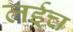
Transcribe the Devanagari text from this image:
लईच